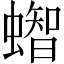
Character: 𧒊